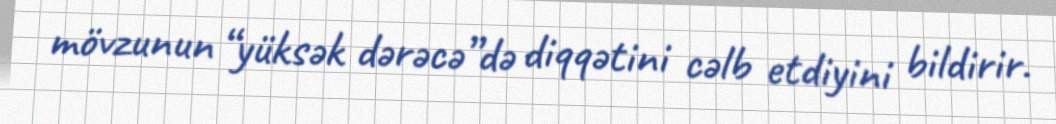
mövzunun “yüksək dərəcə”də diqqətini cəlb etdiyini bildirir.